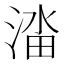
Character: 𬈔